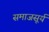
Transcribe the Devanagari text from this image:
समाजसूर्य